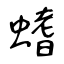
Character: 螧